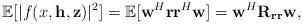
LaTeX: \begin{align*}\mathbb{E}[|f(x,\mathbf{h},\mathbf{z})|^2]=\mathbb{E}[\mathbf{w}^{H}\mathbf{r}\mathbf{r}^{H}\mathbf{w}]=\mathbf{w}^{H}\mathbf{R}_{\mathbf{r}\mathbf{r}}\mathbf{w},\end{align*}